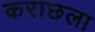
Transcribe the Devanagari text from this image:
कराछला